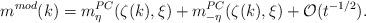
LaTeX: \begin{align*} m^{mod}(k)=m^{PC}_{\eta}(\zeta(k),\xi)+m^{PC}_{-\eta}(\zeta(k), \xi)+\mathcal{O}(t^{-1/2}). \end{align*}